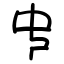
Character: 𠁧